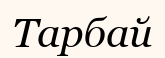
Тарбай